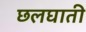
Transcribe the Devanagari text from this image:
छलघाती